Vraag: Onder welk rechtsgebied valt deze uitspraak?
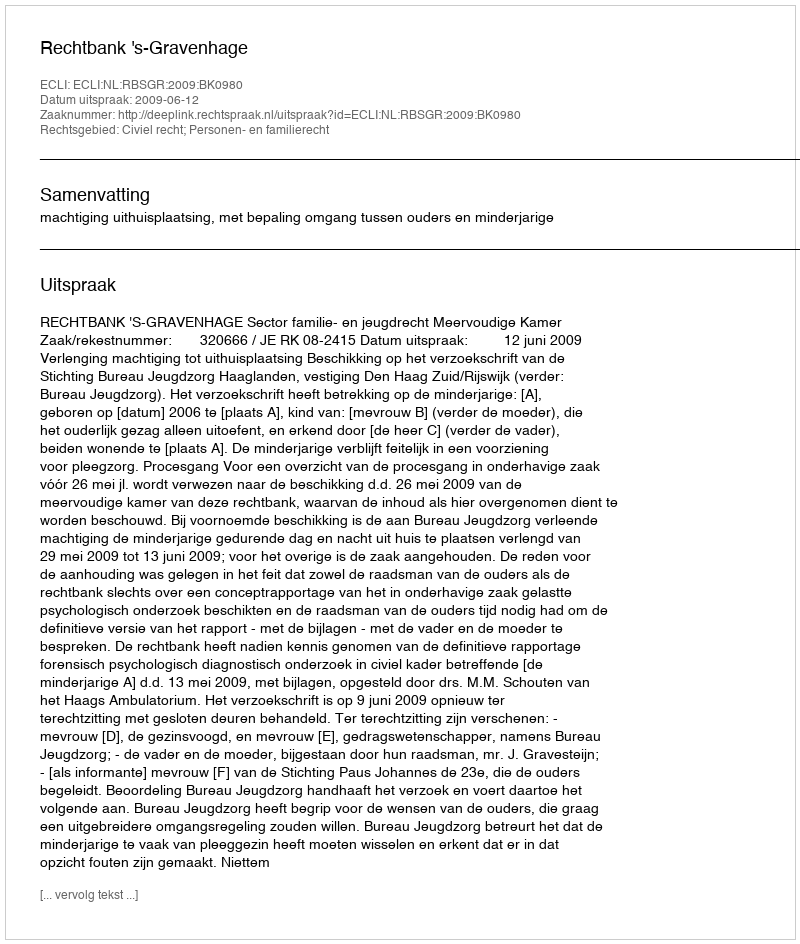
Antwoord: Civiel recht; Personen- en familierecht